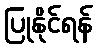
ပြုနိုင်ရန်